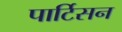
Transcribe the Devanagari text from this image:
पार्टिसन